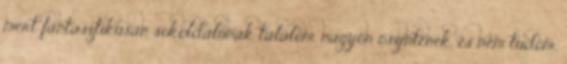
mert fantasztikusan sokoldalúnak találom, nagyon őszintének, és nem tudom,